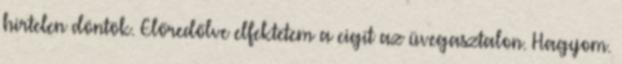
hirtelen döntök. Előredőlve elfektetem a cigit az üvegasztalon. Hagyom.